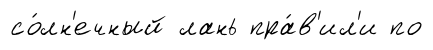
со́лн'ечный лань пра́в'ил'и по